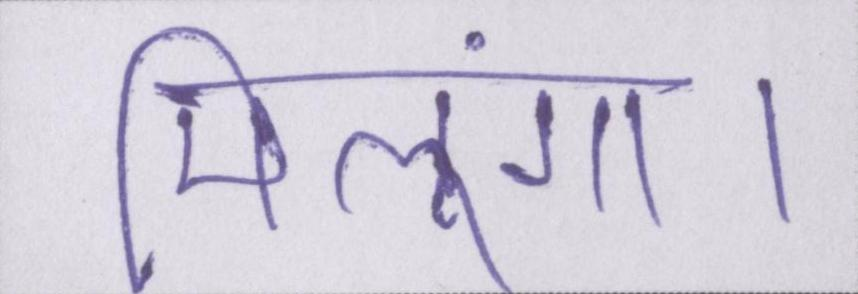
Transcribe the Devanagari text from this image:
मिलूंगा।